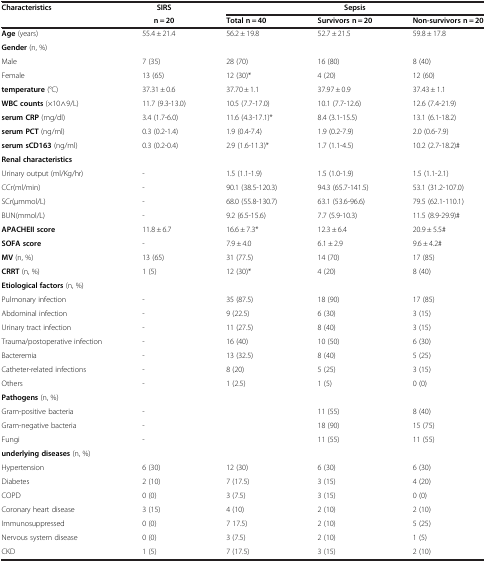
<table><thead><tr><td rowspan="2"><b>Characteristics</b></td><td><b>SIRS</b></td><td colspan="3"><b>Sepsis</b></td></tr><tr><td><b> n = 20</b></td><td><b>Total n = 40</b></td><td><b>Survivors n = 20</b></td><td><b>Non-survivors n = 20</b></td></tr></thead><tbody><tr><td><b>Age</b> (years)</td><td>55.4 ± 21.4</td><td>56.2 ± 19.8</td><td>52.7 ± 21.5</td><td>59.8 ± 17.8</td></tr><tr><td><b>Gender</b> (n, %)</td><td> </td><td> </td><td> </td><td> </td></tr><tr><td>Male</td><td>7 (35)</td><td>28 (70)</td><td>16 (80)</td><td>8 (40)</td></tr><tr><td>Female</td><td>13 (65)</td><td>12 (30)*</td><td>4 (20)</td><td>12 (60)</td></tr><tr><td><b>temperature</b> (°C)</td><td>37.31 ± 0.6</td><td>37.70 ± 1.1</td><td>37.97 ± 0.9</td><td>37.43 ± 1.1</td></tr><tr><td><b>WBC counts</b> (×10∧9/L)</td><td>11.7 (9.3-13.0)</td><td>10.5 (7.7-17.0)</td><td>10.1 (7.7-12.6)</td><td>12.6 (7.4-21.9)</td></tr><tr><td><b>serum CRP</b> (mg/dl)</td><td>3.4 (1.7-6.0)</td><td>11.6 (4.3-17.1)*</td><td>8.4 (3.1-15.5)</td><td>13.1 (6.1-18.2)</td></tr><tr><td><b>serum PCT</b> (ng/ml)</td><td>0.3 (0.2-1.4)</td><td>1.9 (0.4-7.4)</td><td>1.9 (0.2-7.9)</td><td>2.0 (0.6-7.9)</td></tr><tr><td><b>serum sCD163</b> (ng/ml)</td><td>0.3 (0.2-0.4)</td><td>2.9 (1.6-11.3)*</td><td>1.7 (1.1-4.5)</td><td>10.2 (2.7-18.2)#</td></tr><tr><td><b>Renal characteristics</b></td><td> </td><td> </td><td> </td><td> </td></tr><tr><td>Urinary output (ml/Kg/hr)</td><td>-</td><td>1.5 (1.1-1.9)</td><td>1.5 (1.0-1.9)</td><td>1.5 (1.1-2.1)</td></tr><tr><td>CCr(ml/min)</td><td>-</td><td>90.1 (38.5-120.3)</td><td>94.3 (65.7-141.5)</td><td>53.1 (31.2-107.0)</td></tr><tr><td>SCr(μmmol/L)</td><td>-</td><td>68.0 (55.8-130.7)</td><td>63.1 (53.6-96.6)</td><td>79.5 (62.1-110.1)</td></tr><tr><td>BUN(mmol/L)</td><td>-</td><td>9.2 (6.5-15.6)</td><td>7.7 (5.9-10.3)</td><td>11.5 (8.9-29.9)#</td></tr><tr><td><b>APACHEII score</b></td><td>11.8 ± 6.7</td><td>16.6 ± 7.3*</td><td>12.3 ± 6.4</td><td>20.9 ± 5.5#</td></tr><tr><td><b>SOFA score</b></td><td>-</td><td>7.9 ± 4.0</td><td>6.1 ± 2.9</td><td>9.6 ± 4.2#</td></tr><tr><td><b>MV</b> (n, %)</td><td>13 (65)</td><td>31 (77.5)</td><td>14 (70)</td><td>17 (85)</td></tr><tr><td><b>CRRT</b> (n, %)</td><td>1 (5)</td><td>12 (30)*</td><td>4 (20)</td><td>8 (40)</td></tr><tr><td><b>Etiological factors</b> (n, %)</td><td> </td><td> </td><td> </td><td> </td></tr><tr><td>Pulmonary infection</td><td>-</td><td>35 (87.5)</td><td>18 (90)</td><td>17 (85)</td></tr><tr><td>Abdominal infection</td><td>-</td><td>9 (22.5)</td><td>6 (30)</td><td>3 (15)</td></tr><tr><td>Urinary tract infection</td><td>-</td><td>11 (27.5)</td><td>8 (40)</td><td>3 (15)</td></tr><tr><td>Trauma/postoperative infection</td><td>-</td><td>16 (40)</td><td>10 (50)</td><td>6 (30)</td></tr><tr><td>Bacteremia</td><td>-</td><td>13 (32.5)</td><td>8 (40)</td><td>5 (25)</td></tr><tr><td>Catheter-related infections</td><td>-</td><td>8 (20)</td><td>5 (25)</td><td>3 (15)</td></tr><tr><td>Others</td><td>-</td><td>1 (2.5)</td><td>1 (5)</td><td>0 (0)</td></tr><tr><td><b>Pathogens</b> (n, %)</td><td> </td><td> </td><td> </td><td> </td></tr><tr><td>Gram-positive bacteria</td><td>-</td><td> </td><td>11 (55)</td><td>8 (40)</td></tr><tr><td>Gram-negative bacteria</td><td>-</td><td> </td><td>18 (90)</td><td>15 (75)</td></tr><tr><td>Fungi</td><td>-</td><td> </td><td>11 (55)</td><td>11 (55)</td></tr><tr><td><b>underlying diseases</b> (n, %)</td><td> </td><td> </td><td> </td><td> </td></tr><tr><td>Hypertension</td><td>6 (30)</td><td>12 (30)</td><td>6 (30)</td><td>6 (30)</td></tr><tr><td>Diabetes</td><td>2 (10)</td><td>7 (17.5)</td><td>3 (15)</td><td>4 (20)</td></tr><tr><td>COPD</td><td>0 (0)</td><td>3 (7.5)</td><td>3 (15)</td><td>0 (0)</td></tr><tr><td>Coronary heart disease</td><td>3 (15)</td><td>4 (10)</td><td>2 (10)</td><td>2 (10)</td></tr><tr><td>Immunosuppressed</td><td>0 (0)</td><td>7 17.5)</td><td>2 (10)</td><td>5 (25)</td></tr><tr><td>Nervous system disease</td><td>0 (0)</td><td>3 (7.5)</td><td>2 (10)</td><td>1 (5)</td></tr><tr><td>CKD</td><td>1 (5)</td><td>7 (17.5)</td><td>3 (15)</td><td>2 (10)</td></tr></tbody></table>